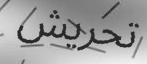
تحريش